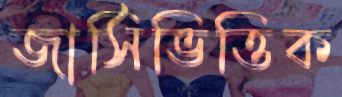
জার্সিভিত্তিক